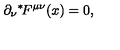
\partial _ { \nu } { } ^ { * } \! F ^ { \mu \nu } ( x ) = 0 ,